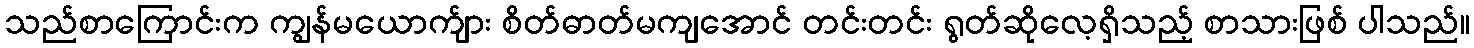
သည်စာကြောင်းက ကျွန်မယောက်ျား စိတ်ဓာတ်မကျအောင် တင်းတင်း ရွတ်ဆိုလေ့ရှိသည့် စာသားဖြစ် ပါသည်။